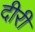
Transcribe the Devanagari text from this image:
दीरी